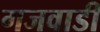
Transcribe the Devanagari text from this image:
गजवाडी